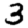
Digit: 3